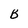
Character: B